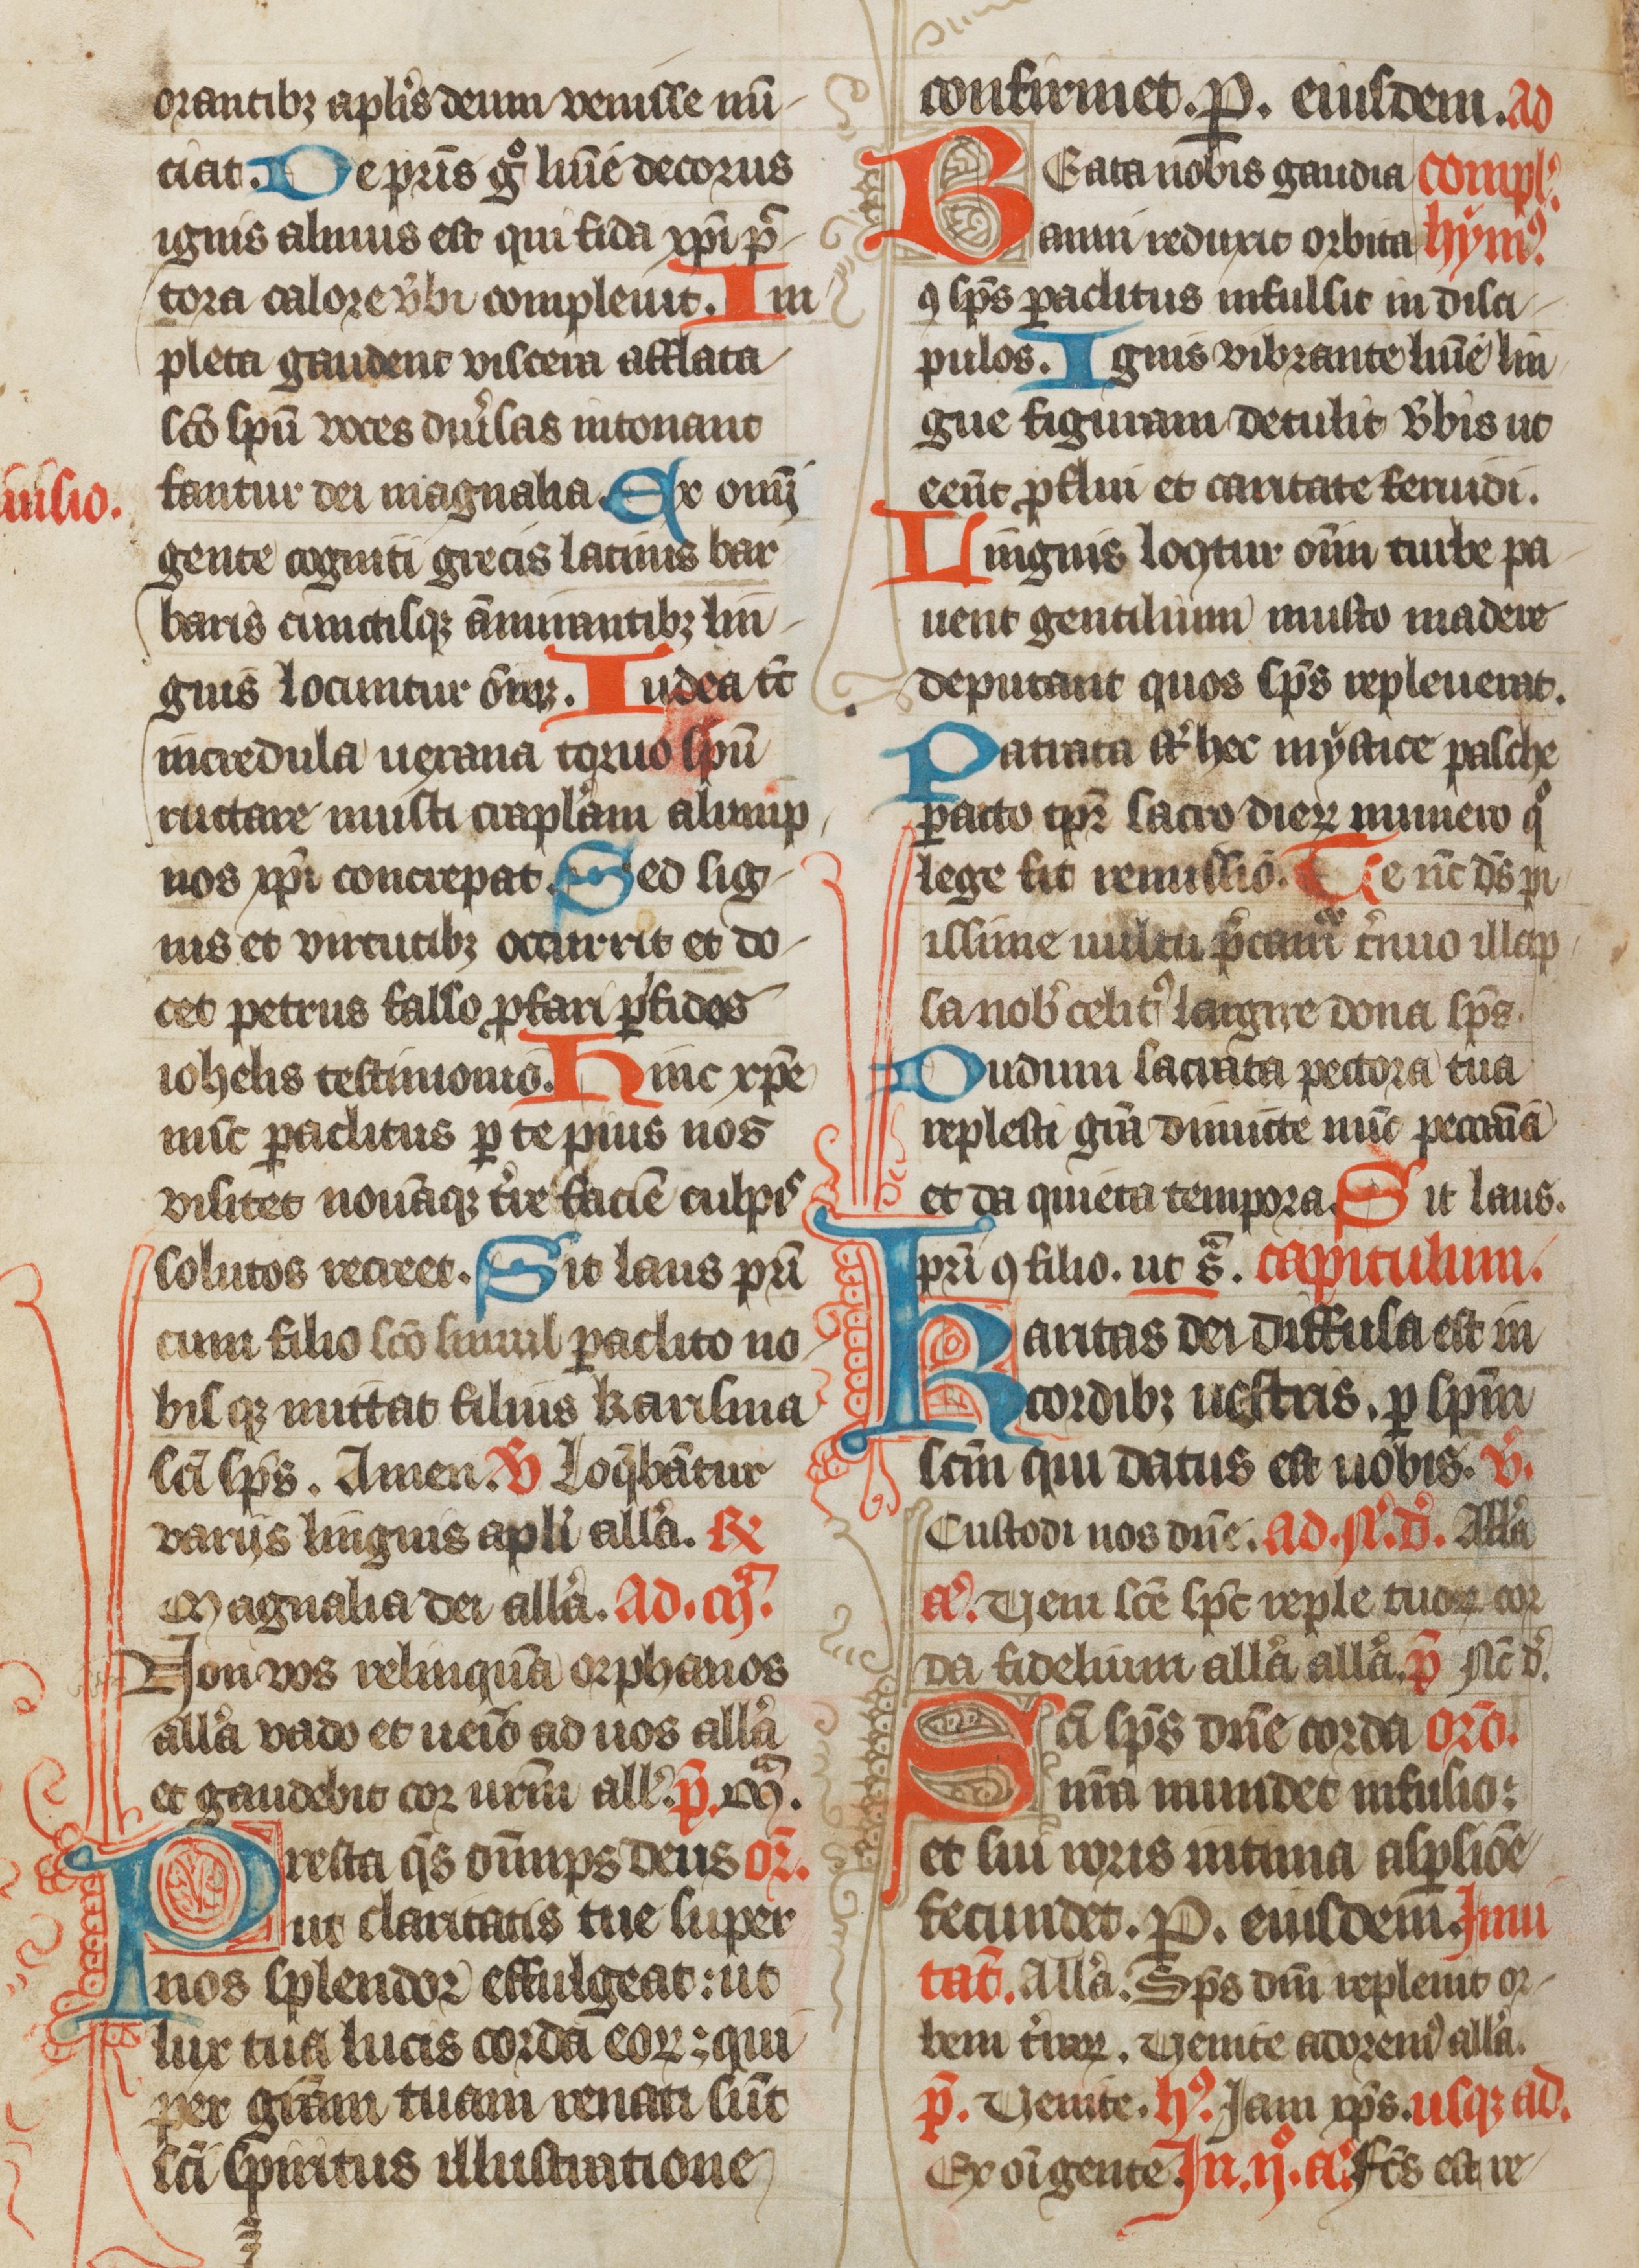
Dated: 1385–1415